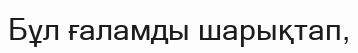
Бұл ғаламды шарықтап,